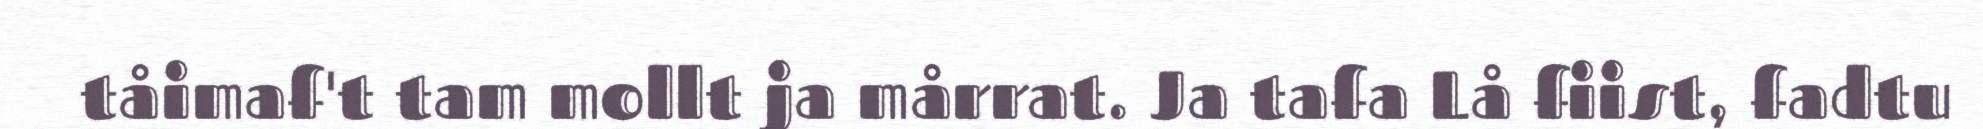
tåimaf't tam mollt ja mårrat. Ja tafa Lå fiist, fadtu